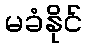
မခံနိုင်